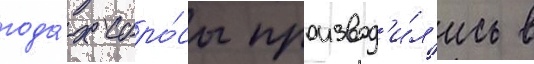
года́х сбро́сы производ'и́л'ись в